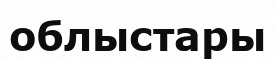
облыстары